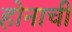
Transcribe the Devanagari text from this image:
होनाची